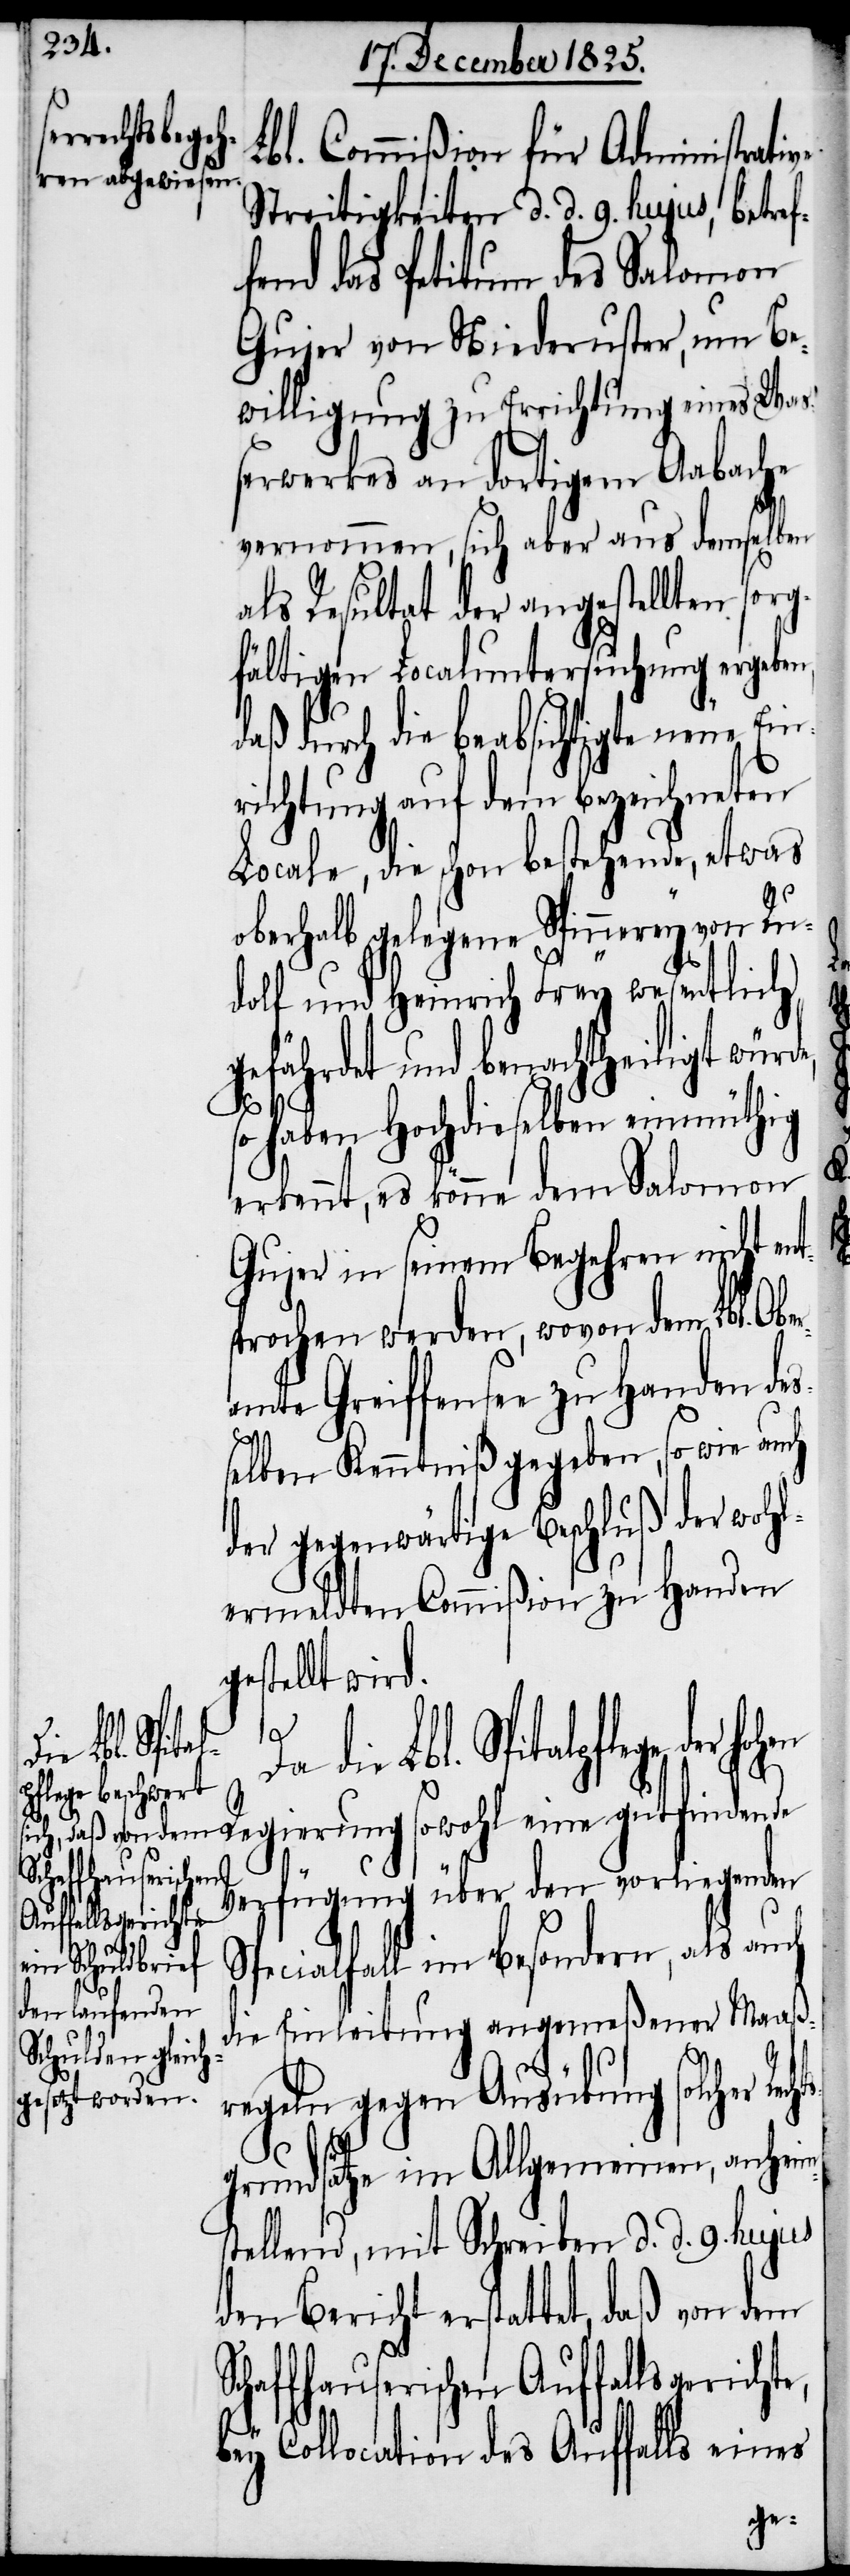
Lbl. Commißion für Administrative
Streitigkeiten d. d. 9. hujus, betref¬
fend das Petitum des Salomon
Gujer von Niederuster, um Be¬
willigung zu Errichtung eines Wa¬
ßerwerkes an dortigem Aabache
vernommen, sich aber aus demselben
als Resultat der angestellten sorg¬
fältigen Localuntersuchung ergeben,
daß durch die beabsichtigte neue Ein¬
richtung auf dem bezeichneten
Locale, die schon bestehende, etwas
oberhalb gelegene Spinnerey von Ru¬
dolf und Heinrich Frey wesentlich
gefährdet und benachtheiligt würd¬
so haben Hochdieselben einmüthig
erkennt, es könne dem Salomon
Gujer in seinem Begehren nicht ent¬
sprochen werden, wovon Lbl. Obe¬
mte Greiffensee zu Handen des¬
chts¬
selben Kenntniß gegeben, so wie auch
der gegenwärtige Beschluß der wohl¬
ermeldten Commißion zu Handen
stellt wird.
Schaffhauserischen
ge der hohen Regierung sowohl eine gutfindende
Verfügung über den vorliegenden
Auffallsgerichte,
b¬
Specialfall im besondern, als auch
die Einleitung angemeßener Maaß¬
regeln gegen Ausübung solcher Re¬
grundsätze im Allgemeinen, anheim¬
tellend, mit Schreiben d. d. 9. hujus
den Bericht erstattet, daß von dem
ey Collocation des Auffalls eines
ge¬